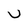
Character: U